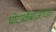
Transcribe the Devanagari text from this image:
घोटाळेबाजीच्या